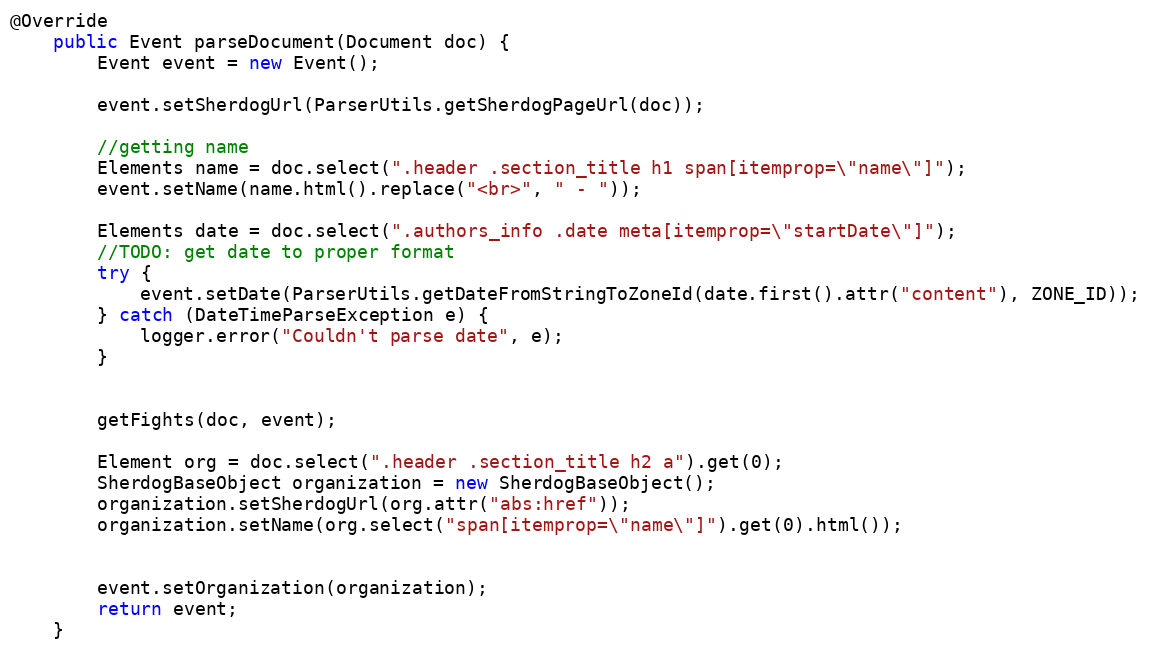
Language: Java
@Override
    public Event parseDocument(Document doc) {
        Event event = new Event();

        event.setSherdogUrl(ParserUtils.getSherdogPageUrl(doc));

        //getting name
        Elements name = doc.select(".header .section_title h1 span[itemprop=\"name\"]");
        event.setName(name.html().replace("<br>", " - "));

        Elements date = doc.select(".authors_info .date meta[itemprop=\"startDate\"]");
        //TODO: get date to proper format
        try {
            event.setDate(ParserUtils.getDateFromStringToZoneId(date.first().attr("content"), ZONE_ID));
        } catch (DateTimeParseException e) {
            logger.error("Couldn't parse date", e);
        }

        getFights(doc, event);

        Element org = doc.select(".header .section_title h2 a").get(0);
        SherdogBaseObject organization = new SherdogBaseObject();
        organization.setSherdogUrl(org.attr("abs:href"));
        organization.setName(org.select("span[itemprop=\"name\"]").get(0).html());

        event.setOrganization(organization);
        return event;
    }